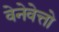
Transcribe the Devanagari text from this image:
वेनेवेत्तो